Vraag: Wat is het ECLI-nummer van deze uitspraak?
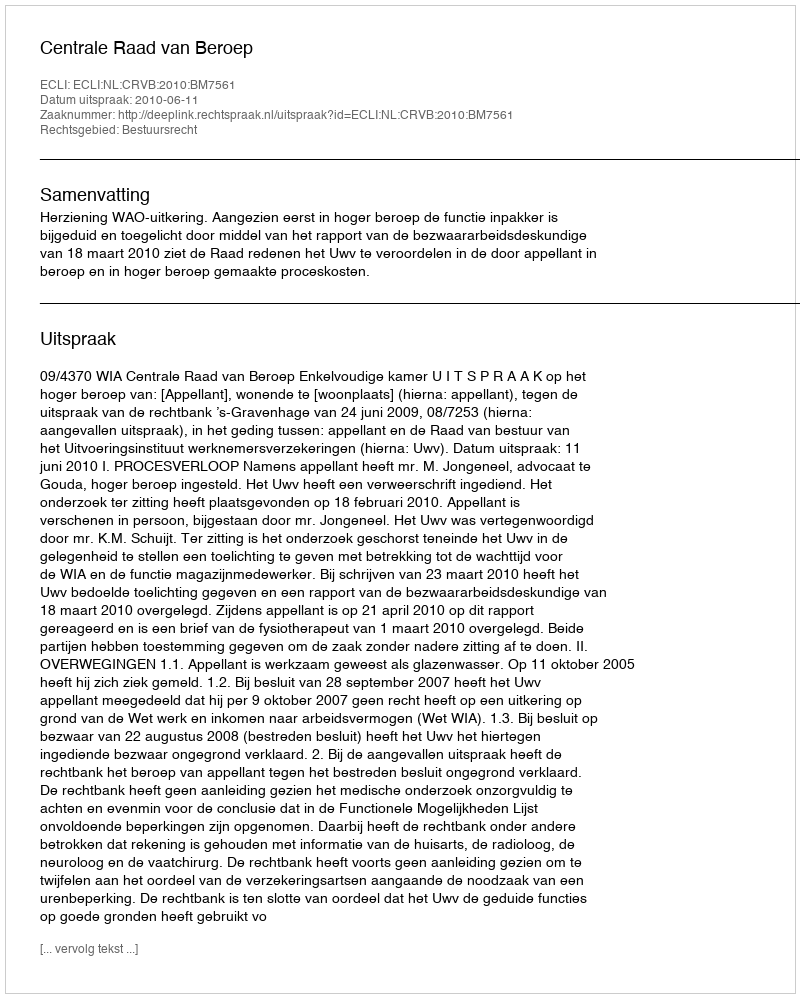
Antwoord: ECLI:NL:CRVB:2010:BM7561